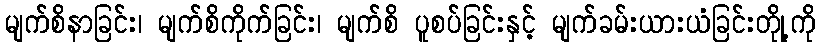
မျက်စိနာခြင်း၊ မျက်စိကိုက်ခြင်း၊ မျက်စိ ပူစပ်ခြင်းနှင့် မျက်ခမ်းယားယံခြင်းတိုု့ကို